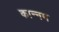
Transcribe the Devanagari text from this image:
कान्नम